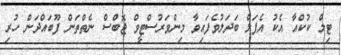
ޓިމް ކުކްއާ އެކު އެޕަލް ބަދަލުވެފައިވާ މިންވަރުސްޓީވް ޖޮބްސް ނެތްތަން ފޫބައްދަން ހުރި